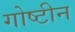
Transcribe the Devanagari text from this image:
गोष्टीन